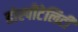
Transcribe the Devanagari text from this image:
होस्पीटेलिटी